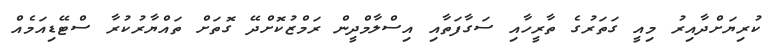
ކުރިޔަށްދާއިރު މިއީ ގަތަރުގެ ތާރީހާއި ސަގާފަތާއި އިސްލާމްދީން ރަމްޒުކޮށްދޭ ގޮތަށް ތައްޔާރުކުރާ ސްޓޭޑިއަމެއް